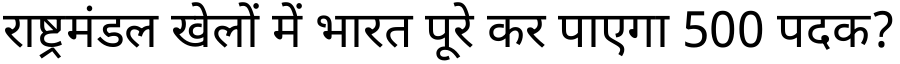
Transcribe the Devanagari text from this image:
राष्ट्रमंडल खेलों में भारत पूरे कर पाएगा 500 पदक?